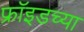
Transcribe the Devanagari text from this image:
फ्रॉइडच्या